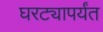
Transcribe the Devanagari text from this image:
घरट्यापर्यंत